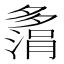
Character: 𫯗